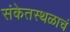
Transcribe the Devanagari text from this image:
संकेतस्थळाचं